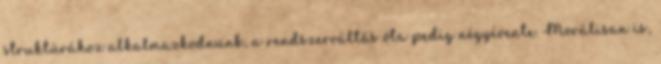
struktúrához alkalmazkodnunk, a rendszerváltás óta pedig négyévente. Morálisan is,